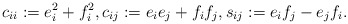
\begin{align*}c_{ii} := e_i^2 + f_i^2, c_{ij} := e_ie_j+f_if_j, s_{ij} :=e_if_j-e_jf_i. \end{align*}